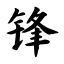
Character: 锋